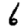
Digit: 6